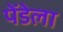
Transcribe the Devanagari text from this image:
पेंडेला